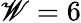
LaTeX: \mathscr{W}=6